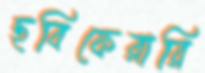
ছবিফেরারি